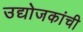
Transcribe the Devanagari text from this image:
उद्योजकांची